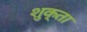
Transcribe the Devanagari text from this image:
शुक्ता